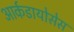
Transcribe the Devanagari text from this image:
आर्कडायोसेस